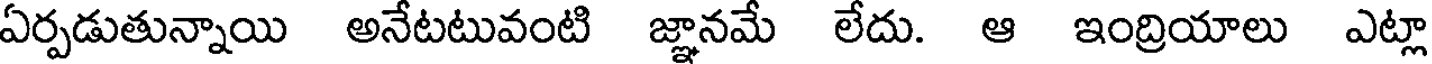
ఏర్పడుతున్నాయి అనేటటువంటి జ్ఞానమే లేదు. ఆ ఇంద్రియాలు ఎట్లా